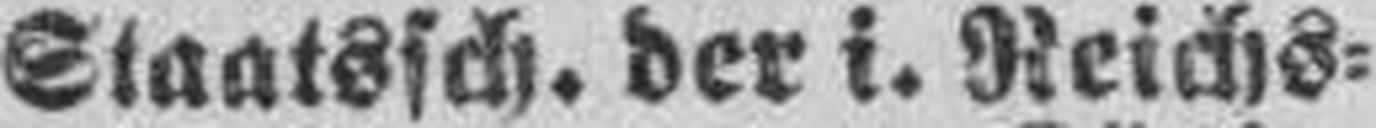
Staatssch. der i. Reichs¬